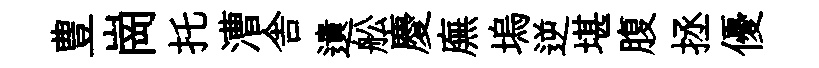
豊崗托漕舎遺舩慶廡塢逆堪腹拯優